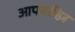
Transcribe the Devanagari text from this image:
आपयरुीज़